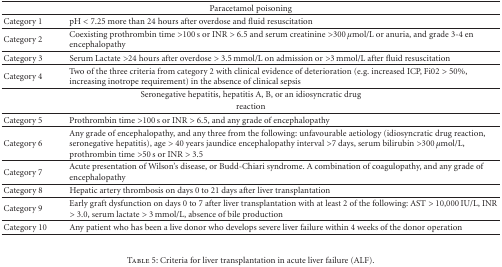
| <COLSPAN=2> Paracetamol poisoning |
 | --- | --- |
 | Category 1 | pH < 7.25 more than 24 hours after overdose and fluid resuscitation |
 | Category 2 | Coexisting prothrombin time >100 s or INR > 6.5 and serum creatinine >300 μmol/L or anuria, and grade 3-4 en encephalopathy |
 | Category 3 | Serum Lactate >24 hours after overdose > 3.5 mmol/L on admission or >3 mmol/L after fluid resuscitation |
 | Category 4 | Two of the three criteria from category 2 with clinical evidence of deterioration (e.g. increased ICP, Fi02 > 50%, increasing inotrope requirement) in the absence of clinical sepsis |
 | <COLSPAN=2> Seronegative hepatitis, hepatitis A, B, or an idiosyncratic drug |
 | <COLSPAN=2> reaction |
 | Category 5 | Prothrombin time >100 s or INR > 6.5, and any grade of encephalopathy |
 | Category 6 | Any grade of encephalopathy, and any three from the following: unfavourable aetiology (idiosyncratic drug reaction, seronegative hepatitis), age > 40 years jaundice encephalopathy interval >7 days, serum bilirubin >300 μmol/L, prothrombin time >50 s or INR > 3.5 |
 | Category 7 | Acute presentation of Wilson's disease, or Budd-Chiari syndrome. A combination of coagulopathy, and any grade of encephalopathy |
 | Category 8 | Hepatic artery thrombosis on days 0 to 21 days after liver transplantation |
 | Category 9 | Early graft dysfunction on days 0 to 7 after liver transplantation with at least 2 of the following: AST > 10,000 IU/L, INR > 3.0, serum lactate > 3 mmol/L, absence of bile production |
 | Category 10 | Any patient who has been a live donor who develops severe liver failure within 4 weeks of the donor operation |